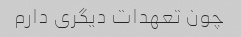
چون تعهدات دیگری دارم